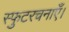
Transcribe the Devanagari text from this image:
स्फुटरचनाएँ।